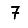
Digit: 7